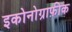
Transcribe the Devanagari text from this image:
इकोनोग्राफ़ीक